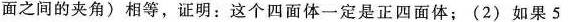
面之间的夹角)相等，证明：这个四面体一定是正四面体；(2)如果5